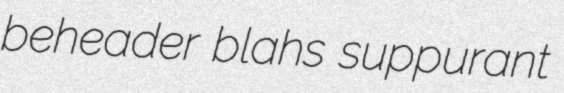
beheader blahs suppurant